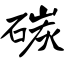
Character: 碳